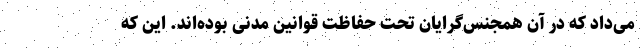
می‌داد که در آن همجنس‌گرایان تحت حفاظت قوانین مدنی بوده‌اند. این که